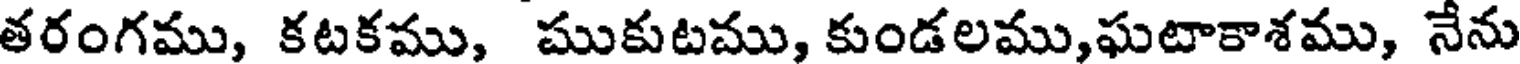
తరంగము, కటకము, ముకుటము, కుండలము,ఘటాకాశము, నేను